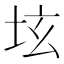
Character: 𡊨